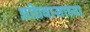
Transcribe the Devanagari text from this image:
अधिवासाच्या